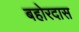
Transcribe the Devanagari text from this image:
बहोरदास